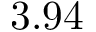
3 . 9 4